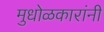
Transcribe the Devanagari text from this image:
मुधोळकारांनी